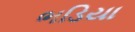
ભડિયા